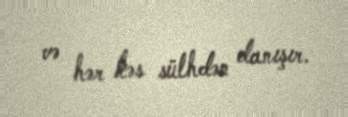
və hər kəs sülhdən danışır.